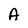
Character: A